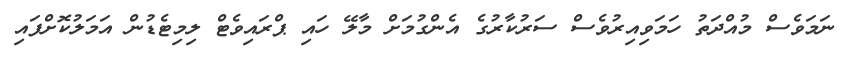
ނަމަވެސް މުއްދަތު ހަމަވިއިރުވެސް ސަރުކާރުގެ އެންގުމަށް މާލޭ ހައި ޕްރައިވެޓް ލިމިޓެޑުން އަމަލުކޮށްފައި